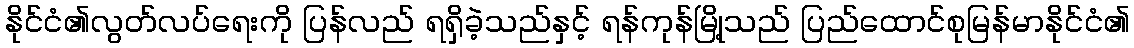
နိုင်ငံ၏လွတ်လပ်ရေးကို ပြန်လည် ရရှိခဲ့သည်နှင့် ရန်ကုန်မြို့သည် ပြည်ထောင်စုမြန်မာနိုင်ငံ၏